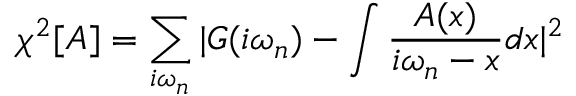
\chi ^ { 2 } [ A ] = \sum _ { i \omega _ { n } } | G ( i \omega _ { n } ) - \int \frac { A ( x ) } { i \omega _ { n } - x } d x | ^ { 2 }